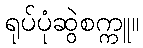
ရုပ်ပုံဆွဲစက္ကူ။